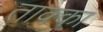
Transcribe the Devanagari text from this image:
ताक्का